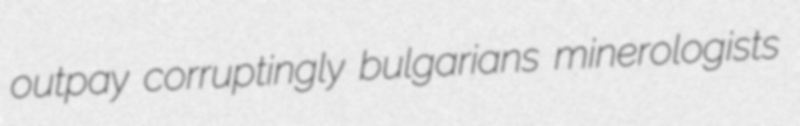
outpay corruptingly bulgarians minerologists